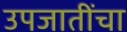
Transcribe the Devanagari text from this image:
उपजातींचा